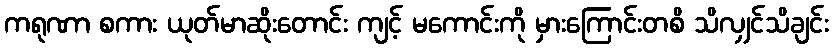
ကရုဏာ စကား ယုတ်မာဆိုးတောင်း ကျင့် မကောင်းကို မှားကြောင်းတစိ သိလျှင်သိချင်း